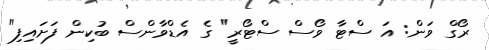
ރޯގް ވަން: އަ ސްޓާ ވޯސް ސްޓޯރީ" ގެ އެޑްވާންސް ބުކިން ފަށައިފި"